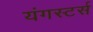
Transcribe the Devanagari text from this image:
यंगस्टर्स